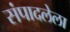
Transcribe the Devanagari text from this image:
संपादलेला